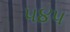
૫૪૫